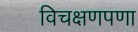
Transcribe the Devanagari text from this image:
विचक्षणपणा